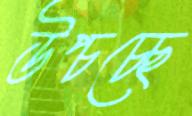
উপ্‌চচ্ছে